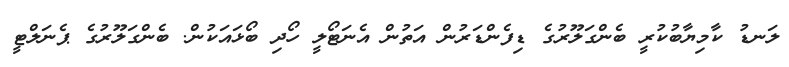
ލަނޑު ކާމިޔާބުކުރީ ބެންގަލޫރުގެ ޑިފެންޑަރުން އަތުން އެނަޓޯލީ ހޯދި ބޯޅައަކުން. ބެންގަލޫރުގެ ޕެނަލްޓީ